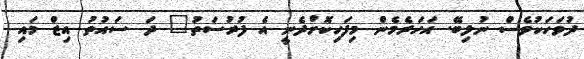
ދުވަހަކުވެސް ނުލިބޭ. އަހަރެމެން މިފަހިކޮށްދެނީ އެ ފުރުސަތު" ދަ ސައުތު އިޒް މައި